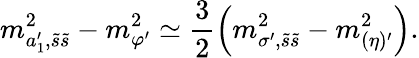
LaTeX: m_{a_{1}^{\prime},\tilde{s}\tilde{s}}^{2}-m_{\varphi^{\prime}}^{2}\simeq\frac 32\left(m_{\sigma^{\prime},\tilde{s}\tilde{s}}^{2}-m_{(\eta)^{\prime}}^{2}\right).